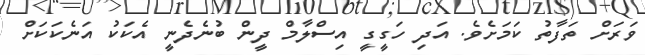
ވަރަށް ތަފާތު ކަމަށެެވެ. އަދި ހަގީގީ އިސްލާމް ދީން ބުނެދެނީ އެކަކު އަނެކަކަށް